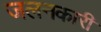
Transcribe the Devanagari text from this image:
जलनकारी